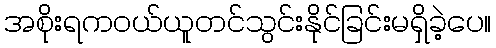
အစိုးရကဝယ်ယူတင်သွင်းနိုင်ခြင်းမရှိခဲ့ပေ။